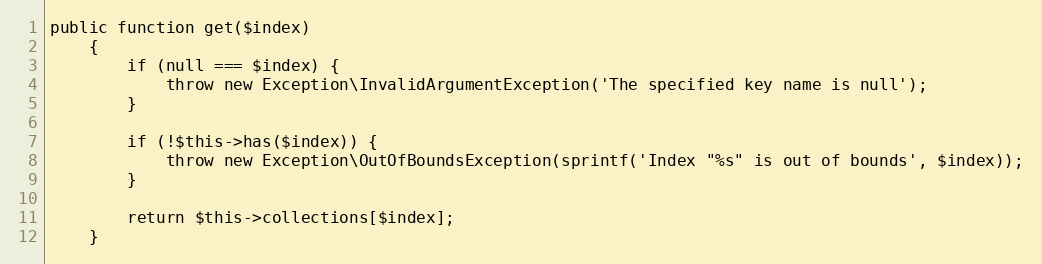
Language: PHP
public function get($index)
    {
        if (null === $index) {
            throw new Exception\InvalidArgumentException('The specified key name is null');
        }

        if (!$this->has($index)) {
            throw new Exception\OutOfBoundsException(sprintf('Index "%s" is out of bounds', $index));
        }

        return $this->collections[$index];
    }